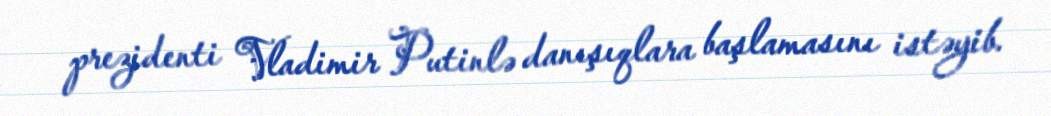
prezidenti Vladimir Putinlə danışıqlara başlamasını istəyib.